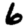
Digit: 6